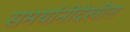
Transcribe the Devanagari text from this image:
समर्थांनीदेखील